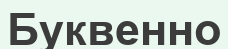
Буквенно